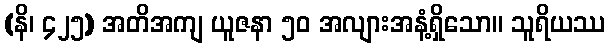
(နိ၊ ၄၂၅) အတိအကျ ယူဇနာ ၅၀ အလျားအနံ့ရှိသော။ သူရိယဿ